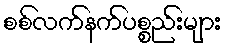
စစ်လက်နက်ပစ္စည်းများ